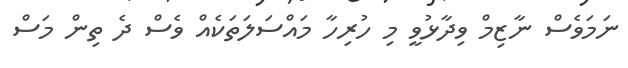
ނަމަވެސް ނާޒިމް ވިދާޅުވީ މި ހުރިހާ މައްސަލަތަކެއް ވެސް ދެ ތިން މަސް